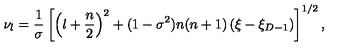
\nu _ { l } = \frac { 1 } { \sigma } \left[ \left( l + \frac { n } { 2 } \right) ^ { 2 } + ( 1 - \sigma ^ { 2 } ) n ( n + 1 ) \left( \xi - \xi _ { D - 1 } \right) \right] ^ { 1 / 2 } ,